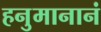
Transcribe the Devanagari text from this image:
हनुमानानं